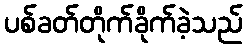
ပစ်ခတ်တိုက်ခိုက်ခဲ့သည်